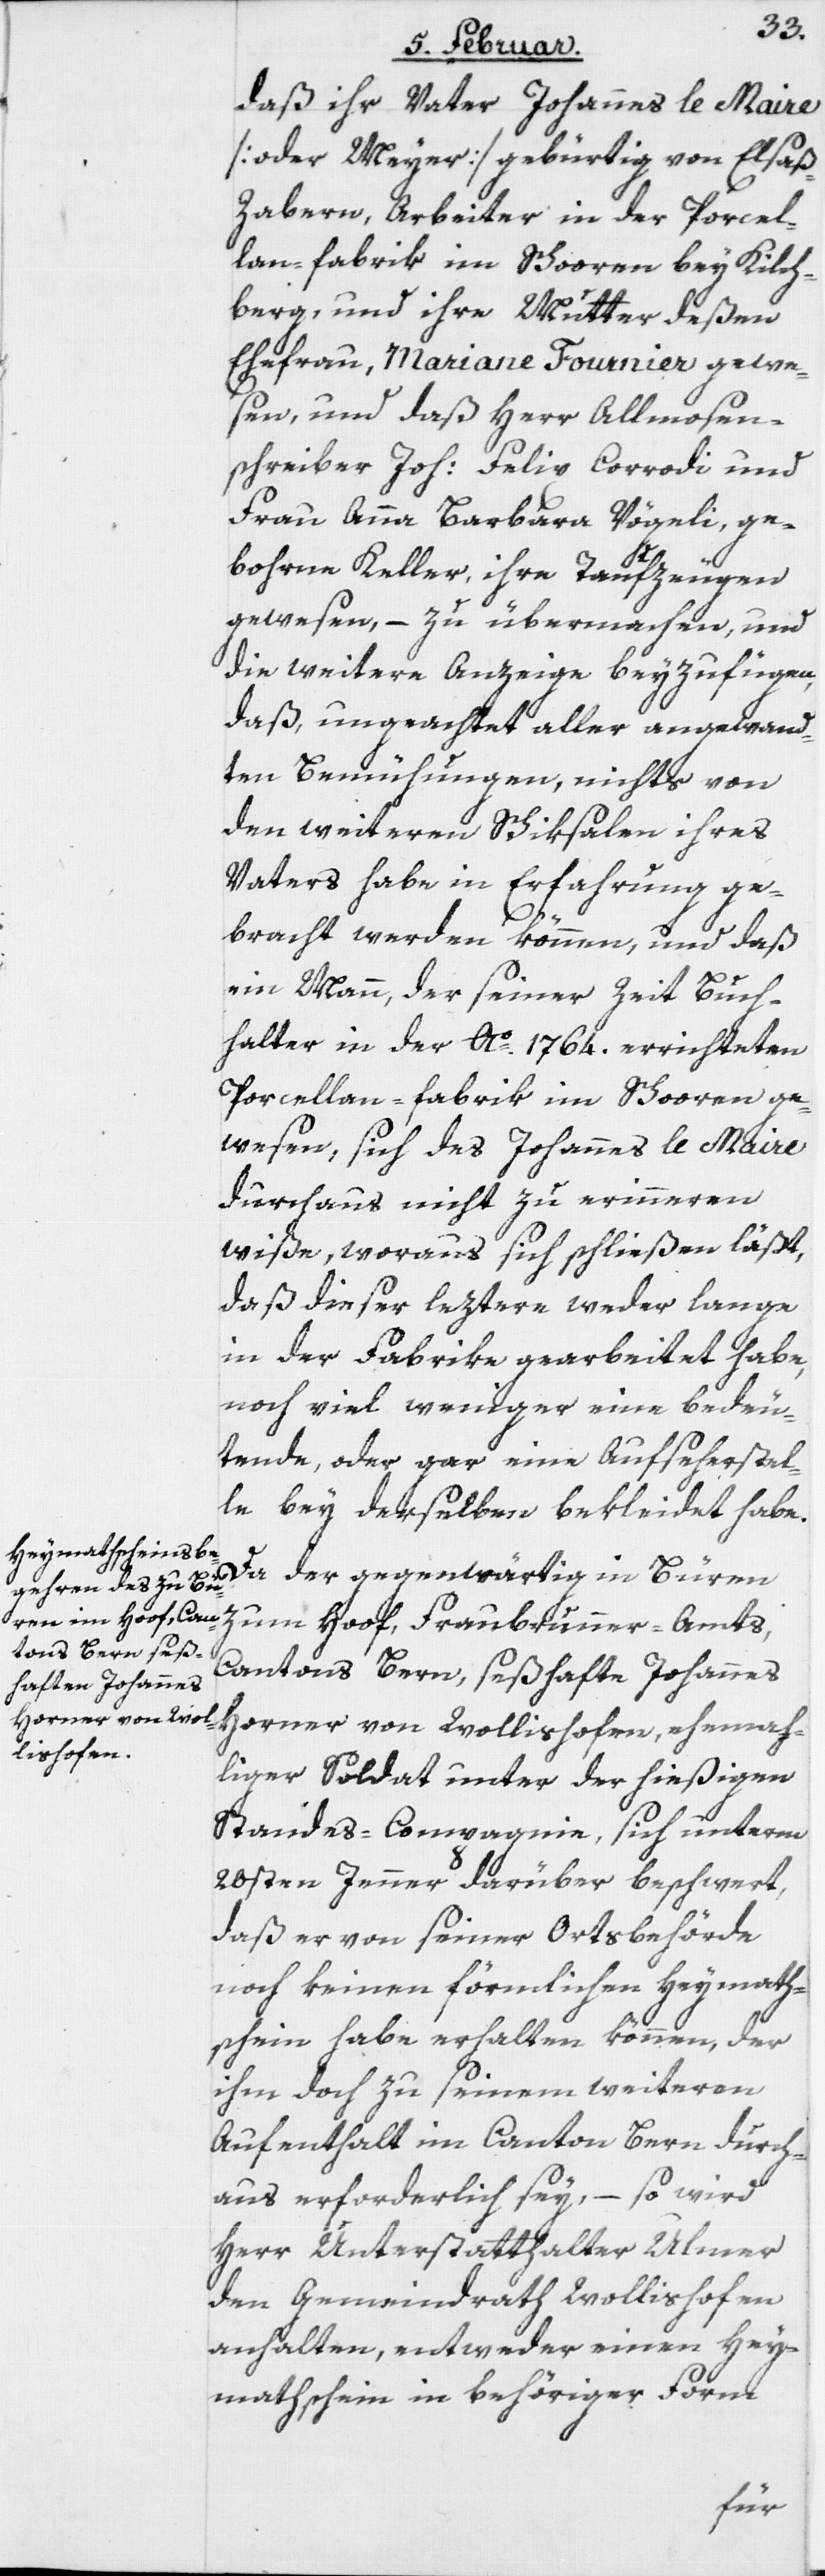
daß ihr Vater Johannes le Maire
[oder Meyer] gebürtig von Elsaß-Z¬
abern, Arbeiter in der Porcel¬
lan-Fabrik im Schooren bey Kilch¬
berg, und ihre Mutter deßen
Ehefrau, Mariane Fournier gewe¬
sen, und daß Herr Allmosen¬
schreiber Joh: Felix Corrodi und
Frau Anna Barbara Vögeli, ge¬
bohrne Keller, ihre Taufzeugen
gewesen, – zu übermachen, und
die weitere Anzeige beyzufügen,
daß ungeachtet aller angewand¬
ten Bemühungen, nichts von
den weiteren Schiksalen ihres
Vaters habe in Erfahrung ge¬
bracht werden können, und daß
ein Mann, der seiner Zeit Buch¬
halter in der Ao. 1764. errichteten
Porcellan-Fabrik im Schooren ge¬
wesen, sich des Johannes le Maire
durchaus nicht zu erinneren
wiße, woraus sich schließen läßt,
daß dieser leztere weder lange
in der Fabrike gearbeitet habe,
noch viel weniger eine bedeu¬
tende, oder gar eine Aufseherstel¬
le bey derselben bekleidet habe.
Da der gegenwärtig in Büren
zum Hoof, Fraubrunner-Amts,
Cantons Bern, seßhafte Johannes
Horner von Wollishofen, ehemah¬
liger Soldat unter der hießigen
Standes-Compagnie, sich unterm
20sten Jenner darüber beschwert,
daß er von seiner Ortsbehörde
noch keinen förmlichen Heymath¬
schein habe erhalten können, der
ihm doch zu seinem weiteren
Aufenthalt im Canton Bern durch¬
aus erforderlich sey, – so wird
Herr Unterstatthalter Ulmer
den Gemeindrath Wollishofen
anhalten, entweder einen Hey¬
mathschein in behöriger Form